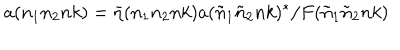
LaTeX: a ( n _ { 1 } n _ { 2 } n k ) = { \bar { \eta } } ( n _ { 1 } n _ { 2 } n k ) a ( { \tilde { n } } _ { 1 } { \tilde { n } } _ { 2 } n k ) ^ { * } / F ( { \tilde { n } } _ { 1 } { \tilde { n } } _ { 2 } n k )